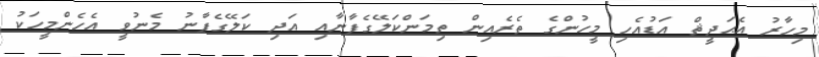
މިހާރު އެޙަދީޘް އަޑުއެހި މީހުންގެ ތެރެއިން ތިމަންކަލޭގެފާނާއި އަދި ކަލޭގެފާނު މެނުވީ އެހެންމީހަކު